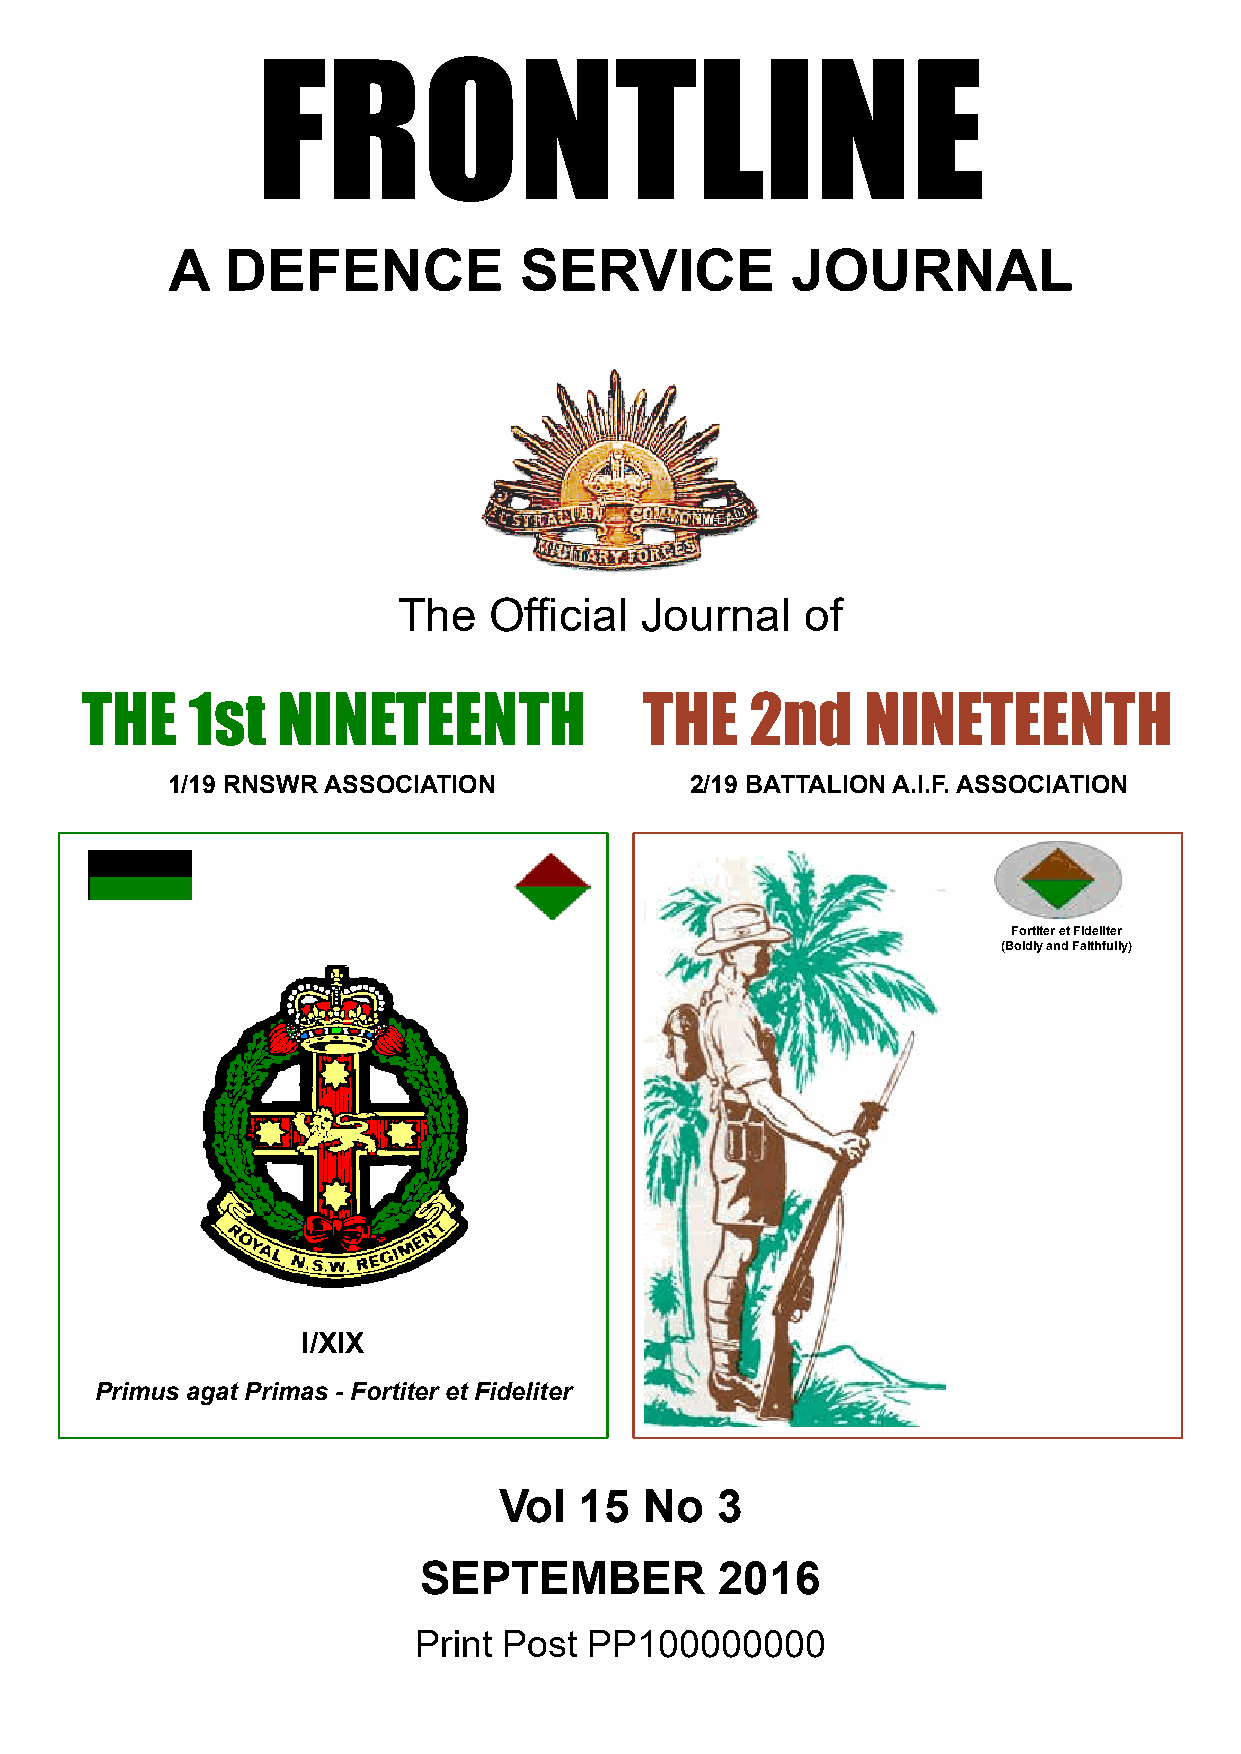
FRONTLINE
 A   DEFENCE            SERVICE           JOURNAL
 The   Official  Journal    of
 THE    1st   NINETEENTH              THE     2nd    NINETEENTH
 1/19 RNSWR ASSOCIATION             2/19 BATTALION A.I.F. ASSOCIATION
 Fortiter et Fideliter
 (Boldly and Faithfully)
 I/XIX
 Primus agat Primas - Fortiter et Fideliter
 Vol  15   No  3
 SEPTEMBER           2016
 Print Post  PP100000000